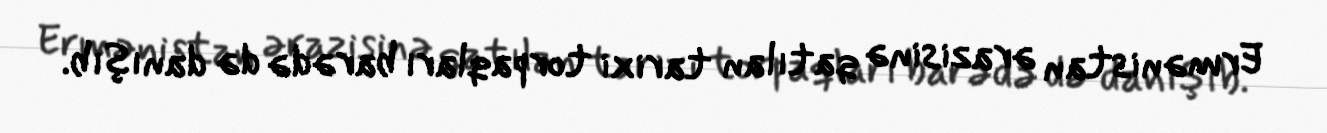
Ermənistan ərazisinə qatılan tarixi torpaqları barədə də danışıb.